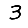
Digit: 3